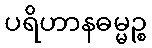
ပရိဟာနဓမ္မဉ္စ